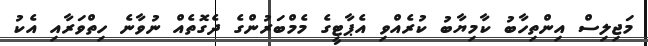
މަޖިލިސް އިންތިހާބު ކާމިޔާބު ކުރެއްވި އެޕާޓީގެ މެމްބަރުންގެ ދެގޮތެއް ނުވާނެ ހިތްވަރާއި އެކު